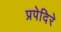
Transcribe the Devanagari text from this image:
प्रपेदिरे